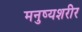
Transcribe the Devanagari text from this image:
मनुष्यशरीर